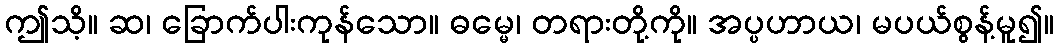
ဤသိ့။ ဆ၊ ခြောက်ပါးကုန်သော။ ဓမ္မေ၊ တရားတို့ကို။ အပ္ပဟာယ၊ မပယ်စွန့်မူ၍။